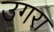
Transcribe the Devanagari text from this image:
उगरा